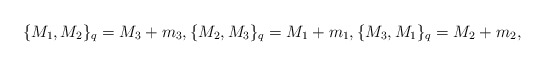
\begin{align*} \{M_1,M_2\}_q=M_3+m_3,\{M_2,M_3\}_{q}=M_1+m_1,\{M_3,M_1\}_{q}=M_2+m_2,\end{align*}